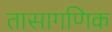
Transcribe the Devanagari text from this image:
तासागणिक